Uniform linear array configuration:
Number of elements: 8
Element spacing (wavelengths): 0.5
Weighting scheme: hann
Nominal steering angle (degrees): -15
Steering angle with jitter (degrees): -14.078
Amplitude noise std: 0.05
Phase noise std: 0.05

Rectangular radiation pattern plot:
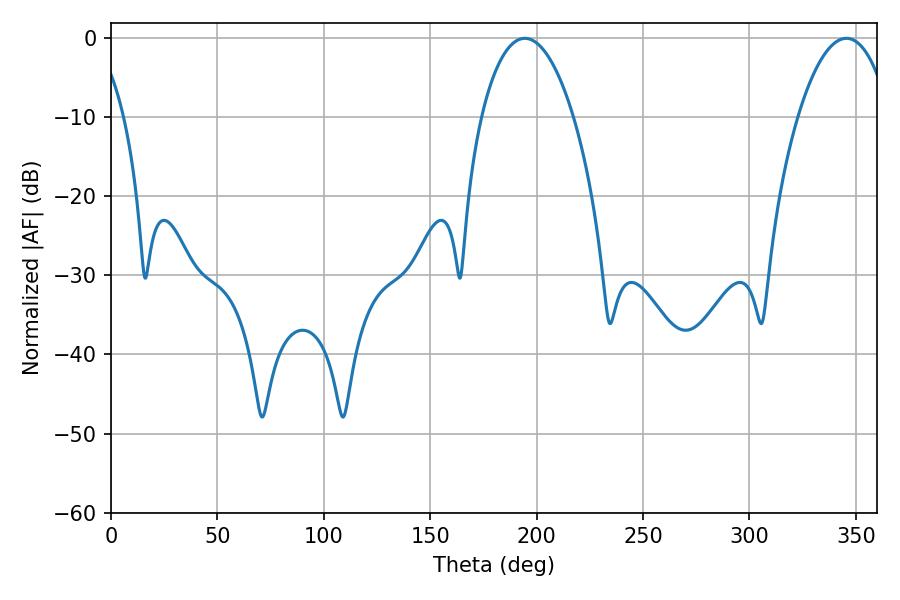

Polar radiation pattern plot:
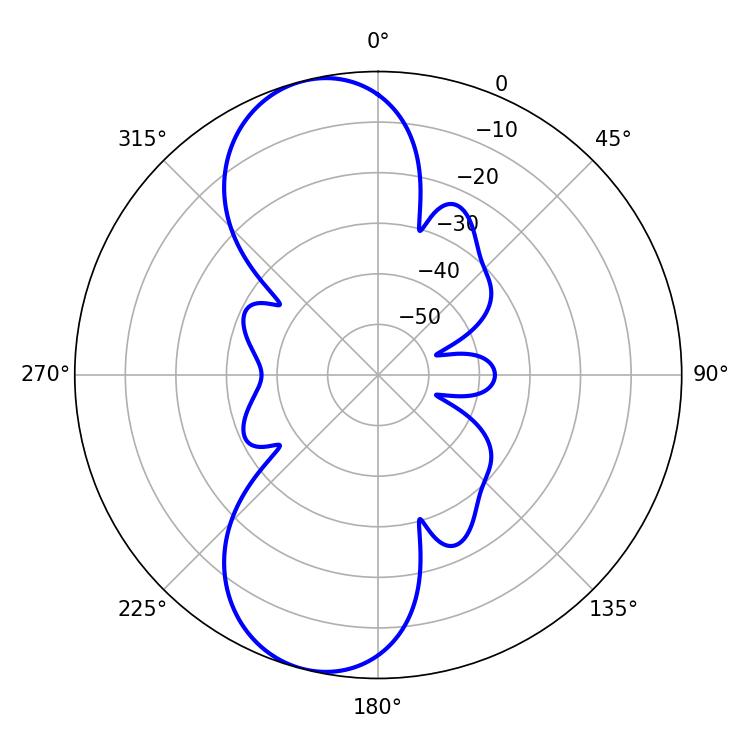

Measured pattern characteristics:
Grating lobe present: FALSE
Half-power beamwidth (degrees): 24.3
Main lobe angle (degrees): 194.4